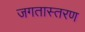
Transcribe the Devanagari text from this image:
जगतास्तरण